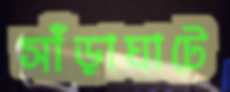
সাঁড়াঘাটে